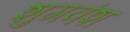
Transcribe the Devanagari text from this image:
शुगवंश